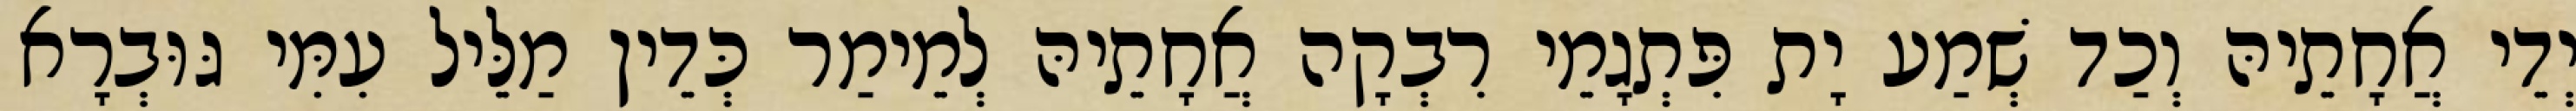
יְדֵי אֲחָתֵיהּ וְכַד שְׁמַע יָת פִּתְגָמֵי רִבְקָה אֲחָתֵיהּ לְמֵימַר כְּדֵין מַלֵּיל עִמִּי גּוּבְרָא